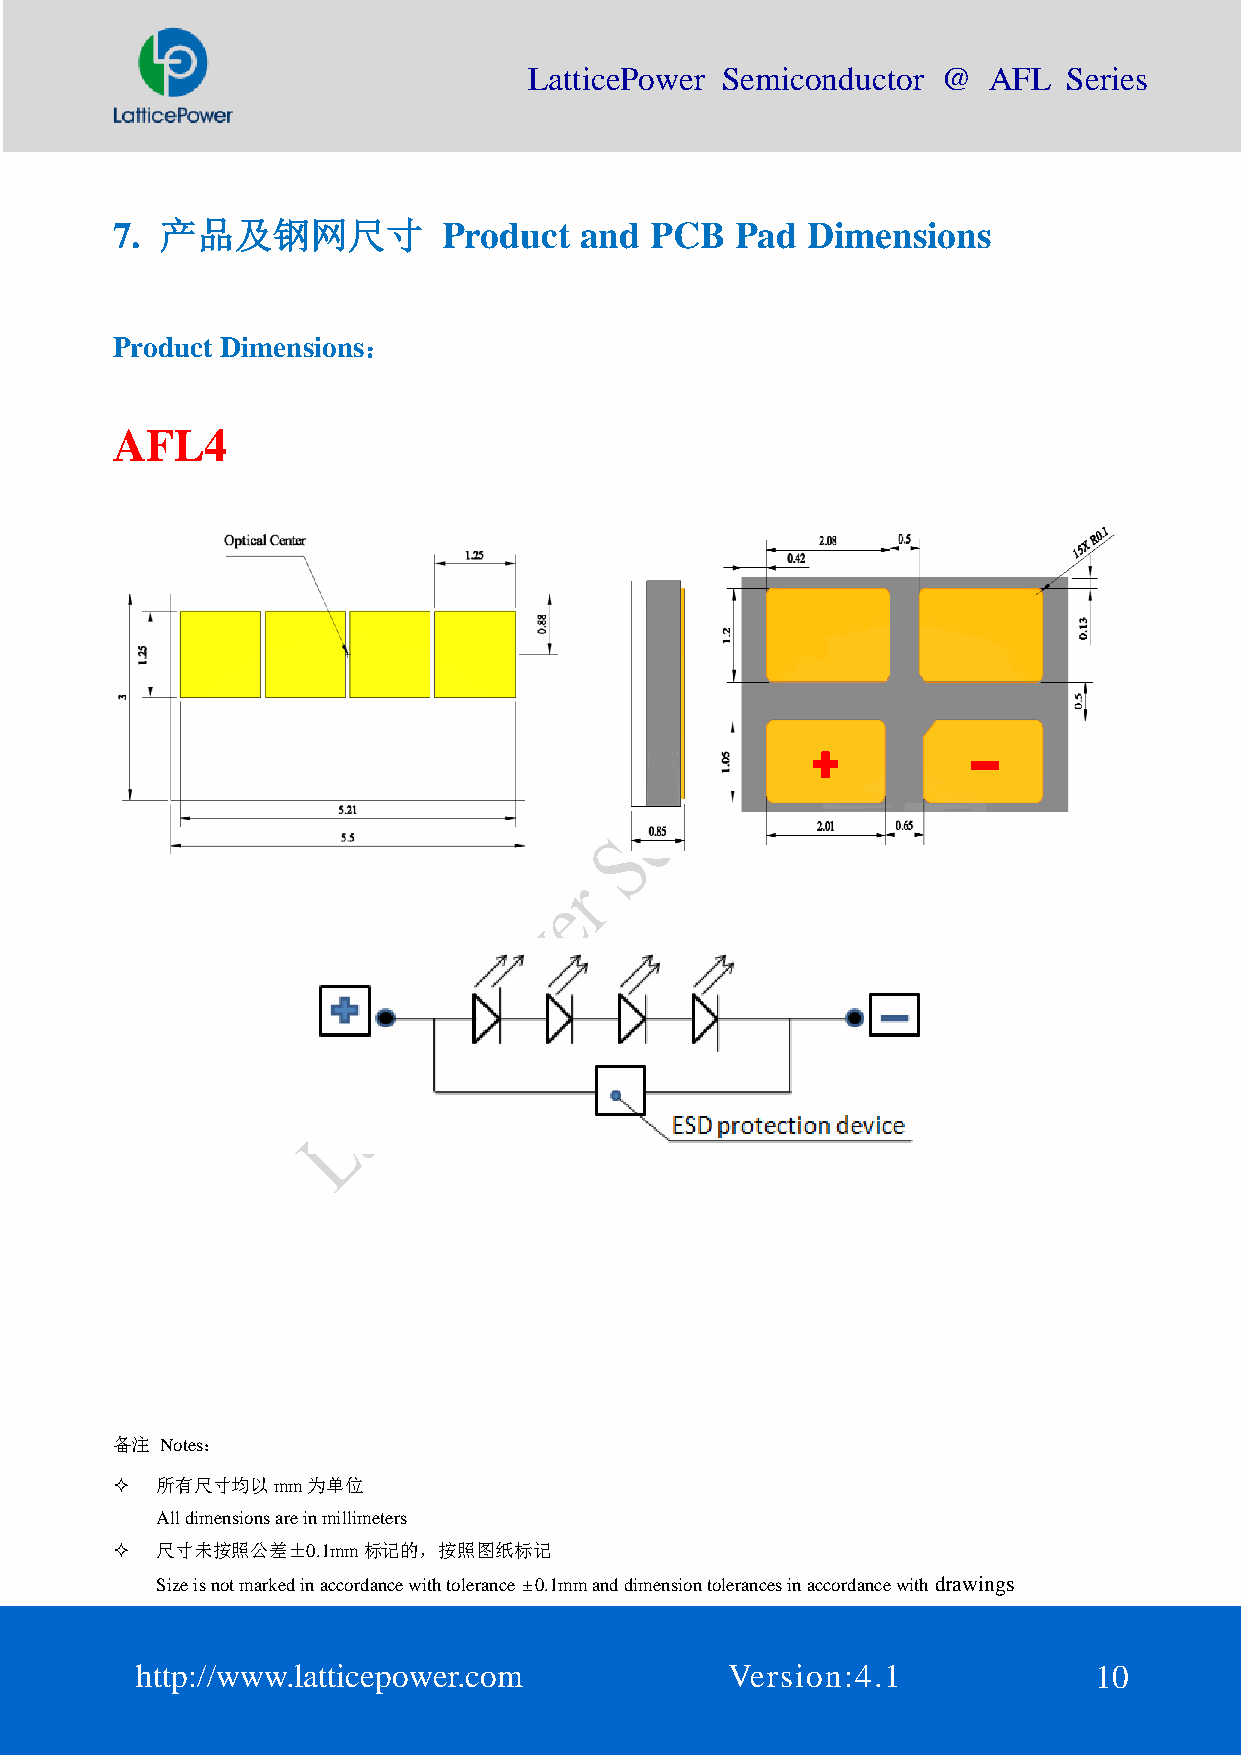
LatticePower Semiconductor @  AFL   Series
 7.  产品及钢网尺寸           Product  and  PCB   Pad Dimensions
 Product Dimensions：
 AFL4
 备注  Notes：
   所有尺寸均以mm为单位
 All dimensions are in millimeters
   尺寸未按照公差±0.1mm标记的，按照图纸标记
 Size is not marked in accordance with tolerance ± 0.1mm and dimension tolerances in accordance with drawings
 http://www.latticepower.com            Version:4.1             10